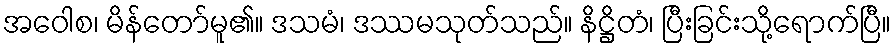
အဝေါစ၊ မိန်တော်မူ၏။ ဒသမံ၊ ဒဿမသုတ်သည်။ နိဋ္ဌိတံ၊ ပြီးခြင်းသို့ရောက်ပြီ။